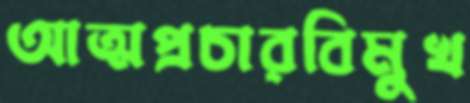
আত্মপ্রচারবিমুখ